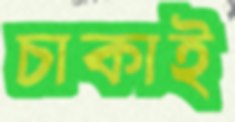
চাকাই